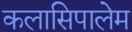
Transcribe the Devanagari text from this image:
कलासिपालेम